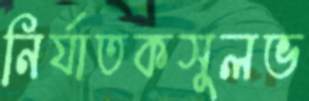
নির্যাতকসুলভ